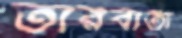
তারবার্তা